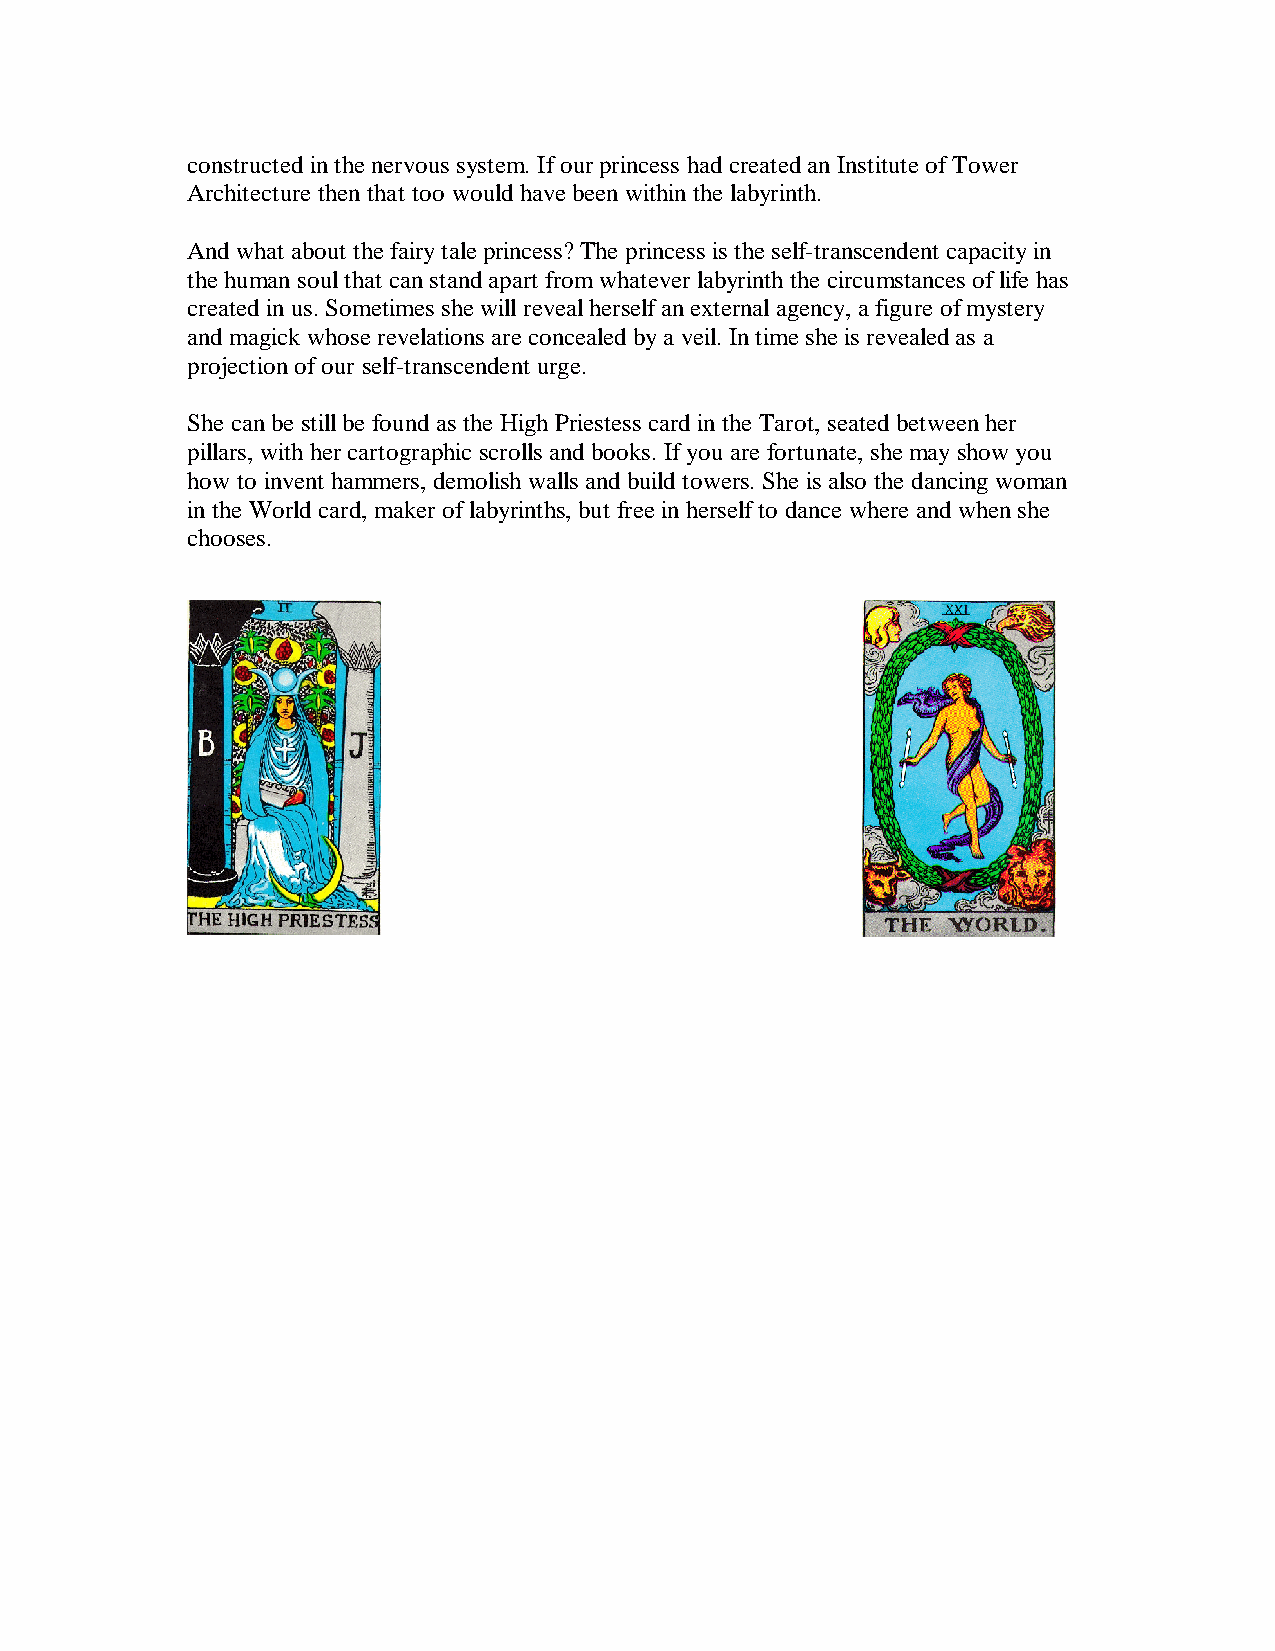
constructed in the nervous system. If our princess had created an Institute of Tower
 Architecture then that too would have been within the labyrinth.
 And what about the fairy tale princess? The princess is the self-transcendent capacity in
 the human soul that can stand apart from whatever labyrinth the circumstances of life has
 created in us. Sometimes she will reveal herself an external agency, a figure of mystery
 and magick whose revelations are concealed by a veil. In time she is revealed as a
 projection of our self-transcendent urge.
 She can be still be found as the High Priestess card in the Tarot, seated between her
 pillars, with her cartographic scrolls and books. If you are fortunate, she may show you
 how to invent hammers, demolish walls and build towers. She is also the dancing woman
 in the World card, maker of labyrinths, but free in herself to dance where and when she
 chooses.